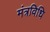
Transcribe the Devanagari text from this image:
मंत्रविधि